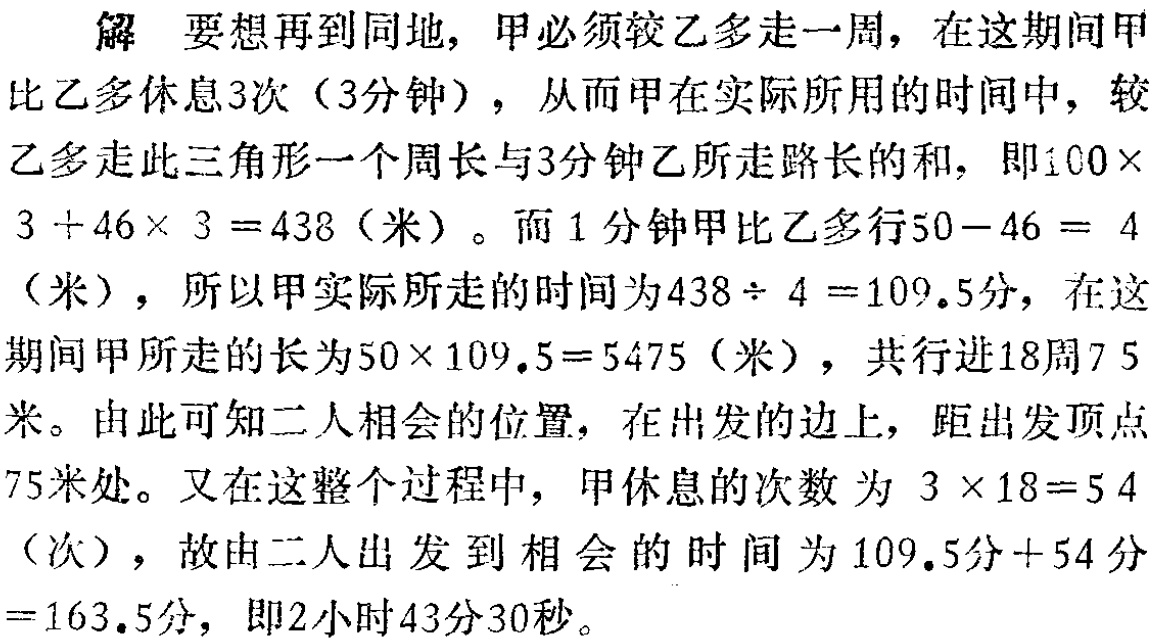
解 要想再到同地，甲必须较乙多走一周，在这期间甲比乙多休息3次（3分钟），从而甲在实际所用的时间中，较乙多走此三角形一个周长与3分钟乙所走路长的和，即\(100\times3 + 46\times 3 = 438\)（米）。而1分钟甲比乙多行\(50 - 46 = 4\)（米），所以甲实际所走的时间为\(438\div 4 = 109.5\)分，在这期间甲所走的长为\(50\times 109.5 = 5475\)（米），共行进18周75米。由此可知二人相会的位置，在出发的边上，距出发顶点75米处。又在这整个过程中，甲休息的次数为\(3\times 18 = 54\)（次），故由二人出发到相会的时间为\(109.5\)分+\(54\)分\( = 163.5\)分，即2小时43分30秒。